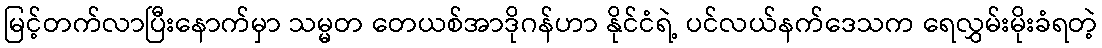
မြင့်တက်လာပြီးနောက်မှာ သမ္မတ တေယစ်အာဒိုဂန်ဟာ နိုင်ငံရဲ့ ပင်လယ်နက်ဒေသက ရေလွှမ်းမိုးခံရတဲ့